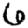
Digit: 6